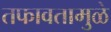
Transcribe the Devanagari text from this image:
तफावतामुळे